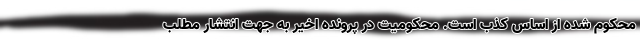
محکوم شده از اساس کذب است. محکومیت در پرونده اخیر به جهت انتشار مطلب